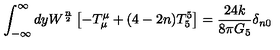
\int _ { - \infty } ^ { \infty } d y W ^ { \frac { n } { 2 } } \left[ - T _ { \mu } ^ { \mu } + ( 4 - 2 n ) T _ { 5 } ^ { 5 } \right] = \frac { 2 4 k } { 8 \pi G _ { 5 } } \delta _ { n 0 }